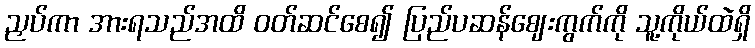
ညှပ်ကာ အားရသည်အထိ ဝတ်ဆင်စေ၍ ပြည်ပဆန်ဈေးကွက်ကို သူ့ကိုယ်ထဲရှိ